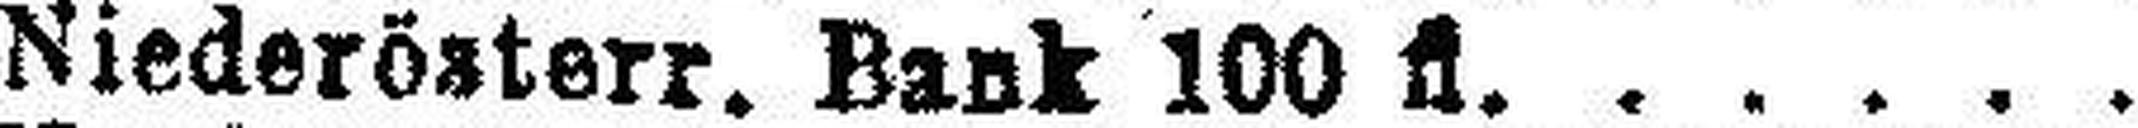
Niederösterr. Bank 100 fl.